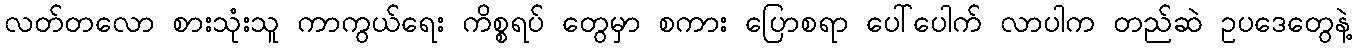
လတ်တလော စားသုံးသူ ကာကွယ်ရေး ကိစ္စရပ် တွေမှာ စကား ပြောစရာ ပေါ်ပေါက် လာပါက တည်ဆဲ ဥပဒေတွေနဲ့